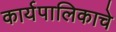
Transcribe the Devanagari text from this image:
कार्यपालिकाचे